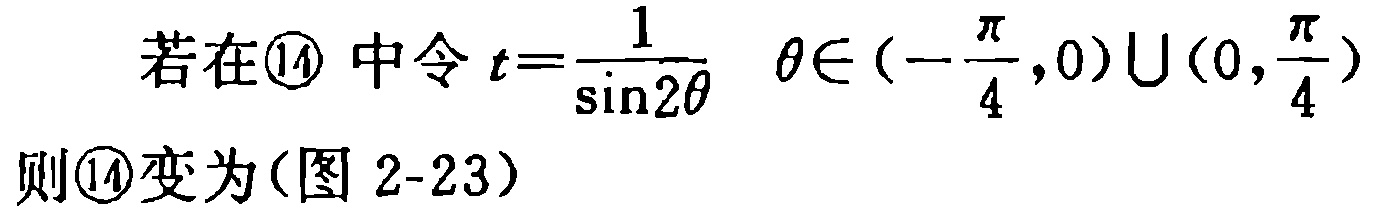
若在\textcircled{14} 中令 \(t = \frac{1}{\sin 2\theta}\)  \(\theta\in\left(-\frac{\pi}{4},0\right)\cup\left(0,\frac{\pi}{4}\right)\)
则\textcircled{14}变为(图 2-23)